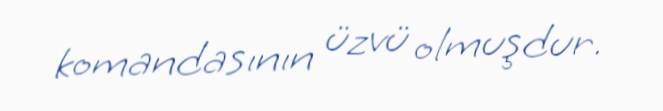
komandasının üzvü olmuşdur.